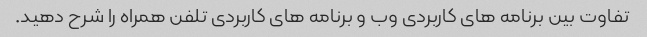
تفاوت بین برنامه های کاربردی وب و برنامه های کاربردی تلفن همراه را شرح دهید.